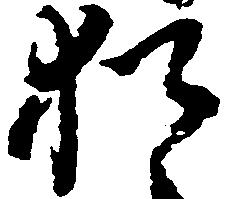
猶